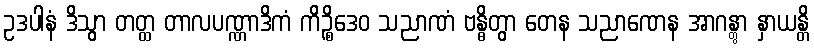
ဥဒပါနံ ဒိသွာ တတ္ထ တာလပဏ္ဏာဒိကံ ကိဉ္စိဒေဝ သညာဏံ ဗန္ဓိတွာ တေန သညာဏေန အာဂန္တွာ နှာယန္တိ